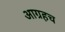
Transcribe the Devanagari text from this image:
आग्रहच